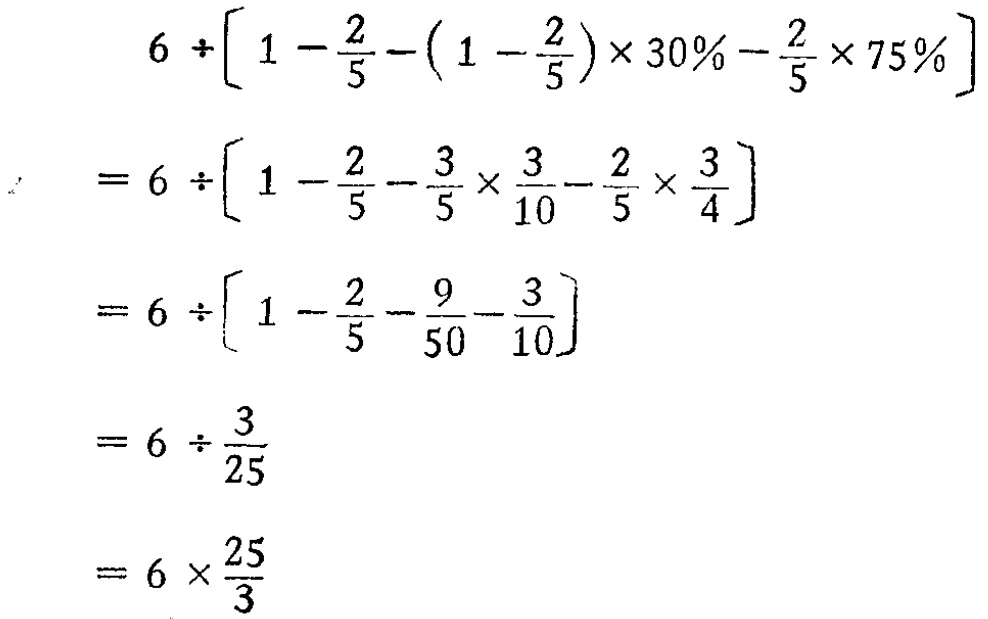
\[

\begin{align*}

&6\div\left[1 - \frac{2}{5}-(1 - \frac{2}{5})\times30\%-\frac{2}{5}\times75\%\right]\\

=&6\div\left[1 - \frac{2}{5}-\frac{3}{5}\times\frac{3}{10}-\frac{2}{5}\times\frac{3}{4}\right]\\

=&6\div\left[1 - \frac{2}{5}-\frac{9}{50}-\frac{3}{10}\right]\\

=&6\div\frac{3}{25}\\

=&6\times\frac{25}{3}

\end{align*}

\]